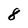
Character: 8